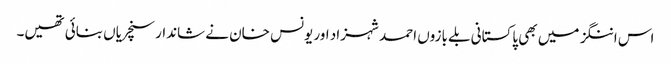
اس اننگز میں بھی پاکستانی بلے بازوں احمد شہزاد اور یونس خان نے شاندار سنچریاں بنائی تھیں۔